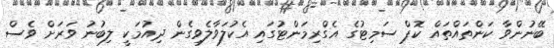
ބޭނުންވާ ކަންތައްތައް ކޮޕް ސަމިޓުގެ އެގްރިމަންޓުގައި އެކުލަވާލެވިގެން ދިއުމަކީ ލިބުނު ވަރަށް ވެސް